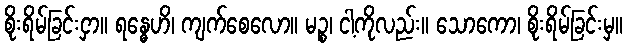
စိုးရိမ်ခြင်းငှာ။ ရန္ဓေဟိ၊ ကျက်စေလော။ မဉ္စ၊ ငါ့ကိုလည်း။ သောကော၊ စိုးရိမ်ခြင်းမှ။